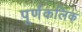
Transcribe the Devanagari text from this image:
पूर्णकलिक